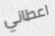
اعطاني